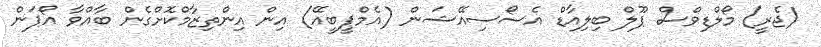
(ޖެރީ) މޯލްޑިވްސް ޕޫލް ބިލިއާޑް އެސޯސިއޭޝަން (އެމްޕީބީއޭ) އިން އިންތިޒާމްކޮށްގެން ބާއްވާ އޯޕަން